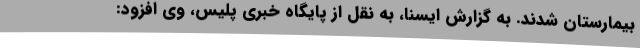
بیمارستان شدند. به گزارش ایسنا، به نقل از پایگاه خبری پلیس، وی افزود: